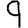
Digit: 9